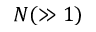
N ( \gg 1 )